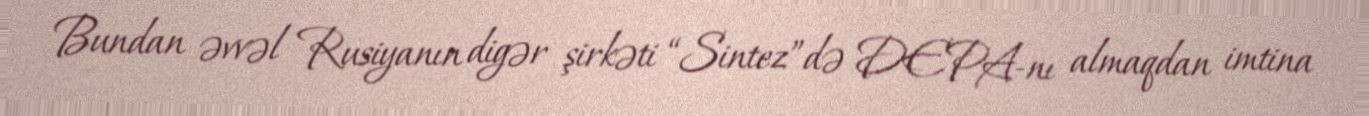
Bundan əvvəl Rusiyanın digər şirkəti “Sintez”də DEPA-nı almaqdan imtina